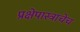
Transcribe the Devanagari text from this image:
प्रक्षेपास्त्राचेच